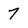
Character: 7